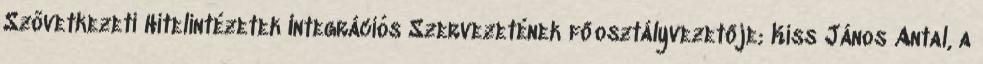
Szövetkezeti Hitelintézetek Integrációs Szervezetének főosztályvezetője; Kiss János Antal, a